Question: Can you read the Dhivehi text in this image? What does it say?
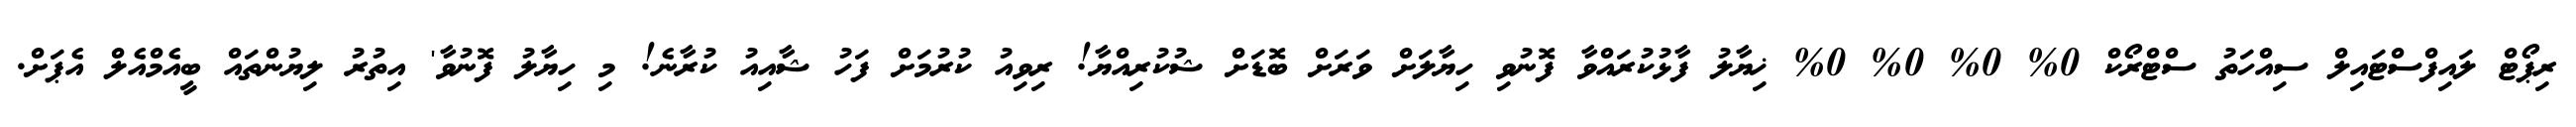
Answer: ރިޕޯޓް ލައިފްސްޓައިލް ސިއްހަތު ސްޓްރޯކް 0% 0% 0% 0% ޚިޔާލު ފާޅުކުރައްވާ ފޮނުވި ހިޔާލަށް ވަރަށް ބޮޑަށް ޝުކުރިއްޔާ! ރިވިއު ކުރުމަށް ފަހު ޝާއިއު ކުރާނެ! މި ހިޔާލު ފޮނުވާ' އިތުރު ލިޔުންތައް ބީއެމްއެލް އެޕަށް.